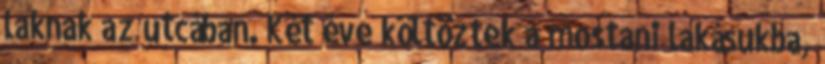
laknak az utcában. Két éve költöztek a mostani lakásukba,